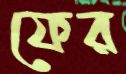
ফের